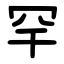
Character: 罕